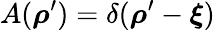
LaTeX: A(\boldsymbol{\rho}^{\prime})=\delta(\boldsymbol{\rho}^{\prime}-\boldsymbol{\xi})